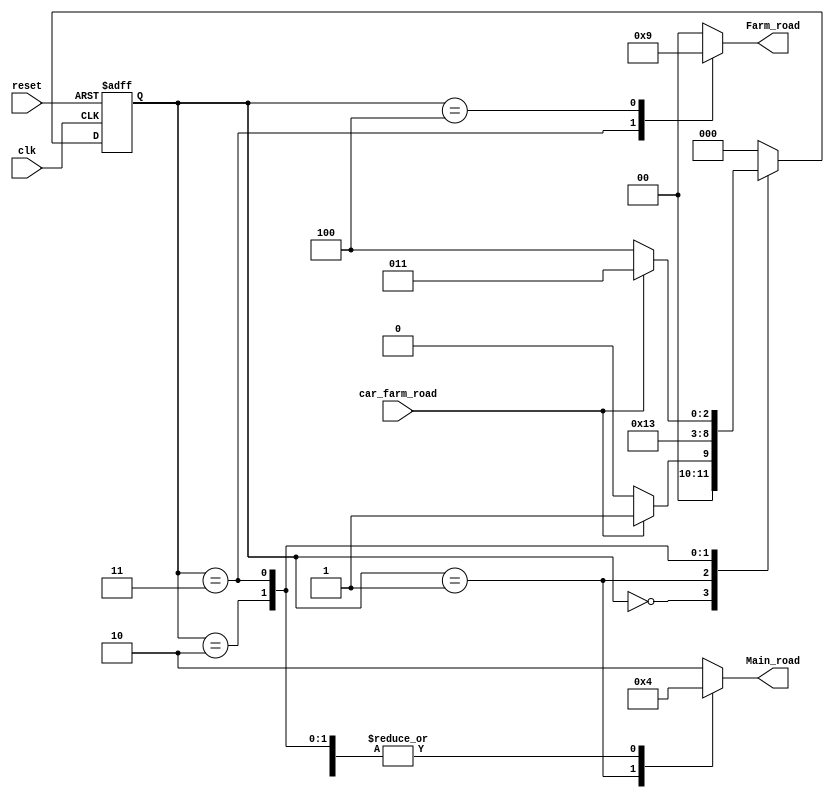
module Traffic_practice(car_farm_road, clk, reset, Main_road, Farm_road);

input car_farm_road;
input clk ,reset;

output reg [1:0] Main_road, Farm_road;

reg [2:0] p_state;
wire [2:0] n_state;

parameter RED = 0, YELLOW = 1, GREEN = 2;
parameter S0 = 0, S1 = 1, S2 = 2, S3 = 3, S4 = 4;      

assign n_state = FSM(p_state, car_farm_road);
/*  //   Farm_road(signal) Main_road(signal)
    S0:  RED               GREEN
    S1:  RED               YELLOW
    S2:  RED               RED
    S3:  GREEN             RED
    S4:  YELLOW            RED  
*/
/*comb logic by using function, different style*/
function [2:0] FSM;
    input [2:0] p_state;
    input car_farm_road;
    case(p_state)
    S0: begin
        if(car_farm_road) FSM = S1;
        else FSM = S0;
    end
    S1: begin
        FSM = S2;
    end
    S2: begin
        FSM = S3;
    end
    S3: begin
        if(car_farm_road) FSM = S3;
        else FSM = S4;
    end
    S4: begin
        FSM = S0;
    end
    default : FSM = S0;
    endcase
endfunction

//sequential logic
always @(posedge clk, negedge reset)
begin
    if(~reset)
        p_state <= S0;
    else
        p_state <= n_state;
end
//data output logic
always@(p_state) //data_path always
begin
    //give default output
    Main_road = GREEN;
    Farm_road = RED;
    case (p_state)
    S0: begin end
    S1: begin
        Main_road = YELLOW;
    end
    
    S2: begin
        Main_road = RED;
    end
    
    S3: begin
        Main_road = RED;
        Farm_road = GREEN;    
    end
    
    S4: begin
        Main_road = RED;
        Farm_road = YELLOW;
    end 
    default: begin
        Main_road = GREEN;
        Farm_road = RED;
    end
    endcase
end

endmodule